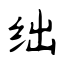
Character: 绌